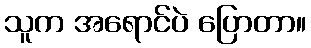
သူက အရောင်ပဲ ပြောတာ။